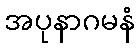
အပုနာဂမနံ